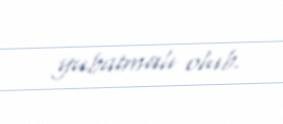
yubatmalı olub.